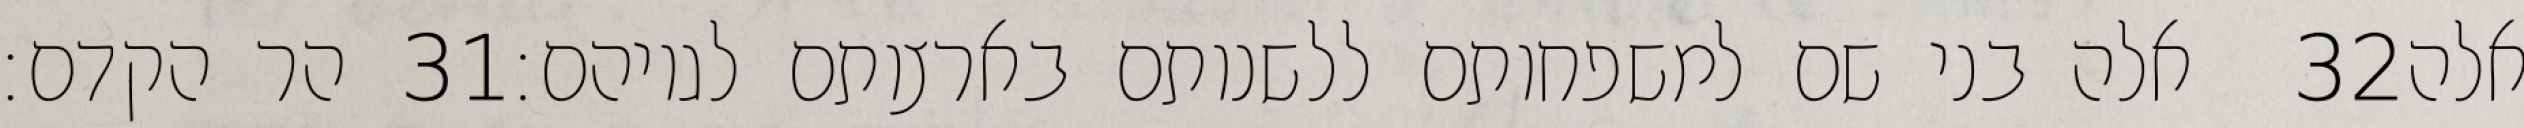
הר הקדם׃ ‎31‏ אלה בני שם למשפחותם ללשנותם בארצותם לגויהם׃ ‎32‏ אלה